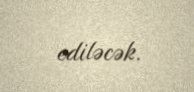
ediləcək.